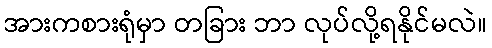
အားကစားရုံမှာ တခြား ဘာ လုပ်လို့ရနိုင်မလဲ။